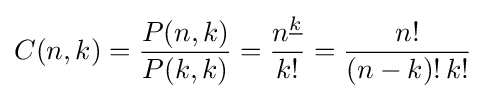
C(n,k)={\frac {P(n,k)}{P(k,k)}}={\frac {n^{\underline {k}}}{k!}}={\frac {n!}{(n-k)!\,k!}}